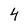
Character: 4